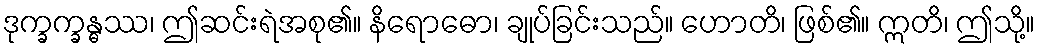
ဒုက္ခက္ခန္ဓဿ၊ ဤဆင်းရဲအစု၏။ နိရောဓော၊ ချုပ်ခြင်းသည်။ ဟောတိ၊ ဖြစ်၏။ ဣတိ၊ ဤသို့။